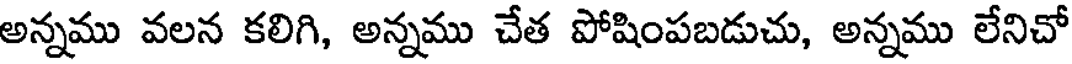
అన్నము వలన కలిగి, అన్నము చేత పోషింపబడుచు, అన్నము లేనిచో